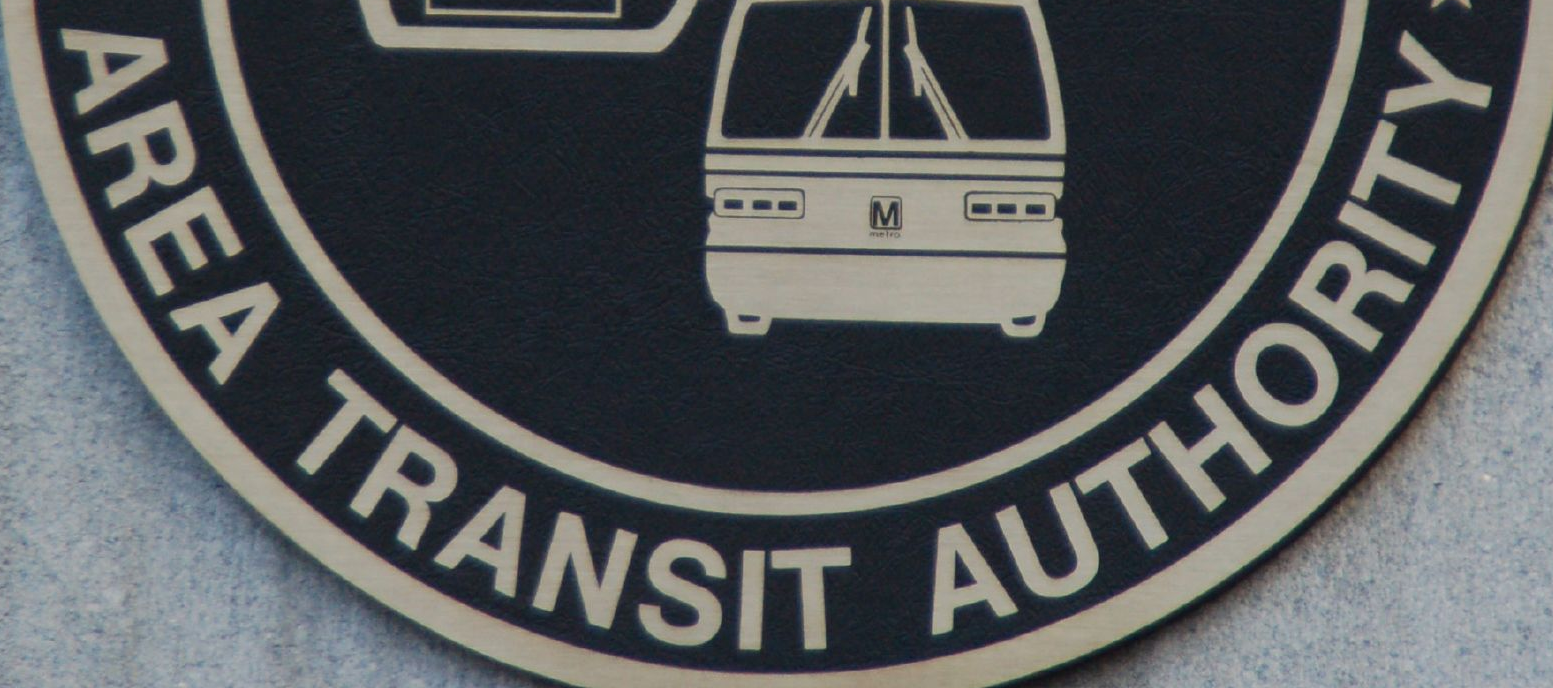
AREA TRANSIT AUTHORITY